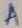
Text: A